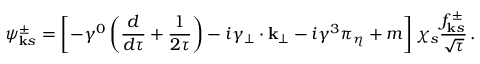
\psi _ { { \bf k } s } ^ { \pm } = \left[ - \gamma ^ { 0 } \left( { \frac { d } { d \tau } } + \frac { 1 } { 2 \tau } \right) - i \gamma _ { \bf { { \perp } } } \cdot { \bf { k _ { \perp } } } - i \gamma ^ { 3 } \pi _ { \eta } + m \right] \chi _ { s } { \frac { f _ { { \bf k } s } ^ { \pm } } { \sqrt \tau } } \, .